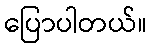
ပြောပါတယ်။